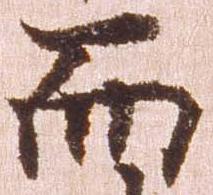
而